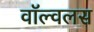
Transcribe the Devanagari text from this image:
वॉल्वलस